Vabadussoja_Ajaloo_Komitee, lk 21
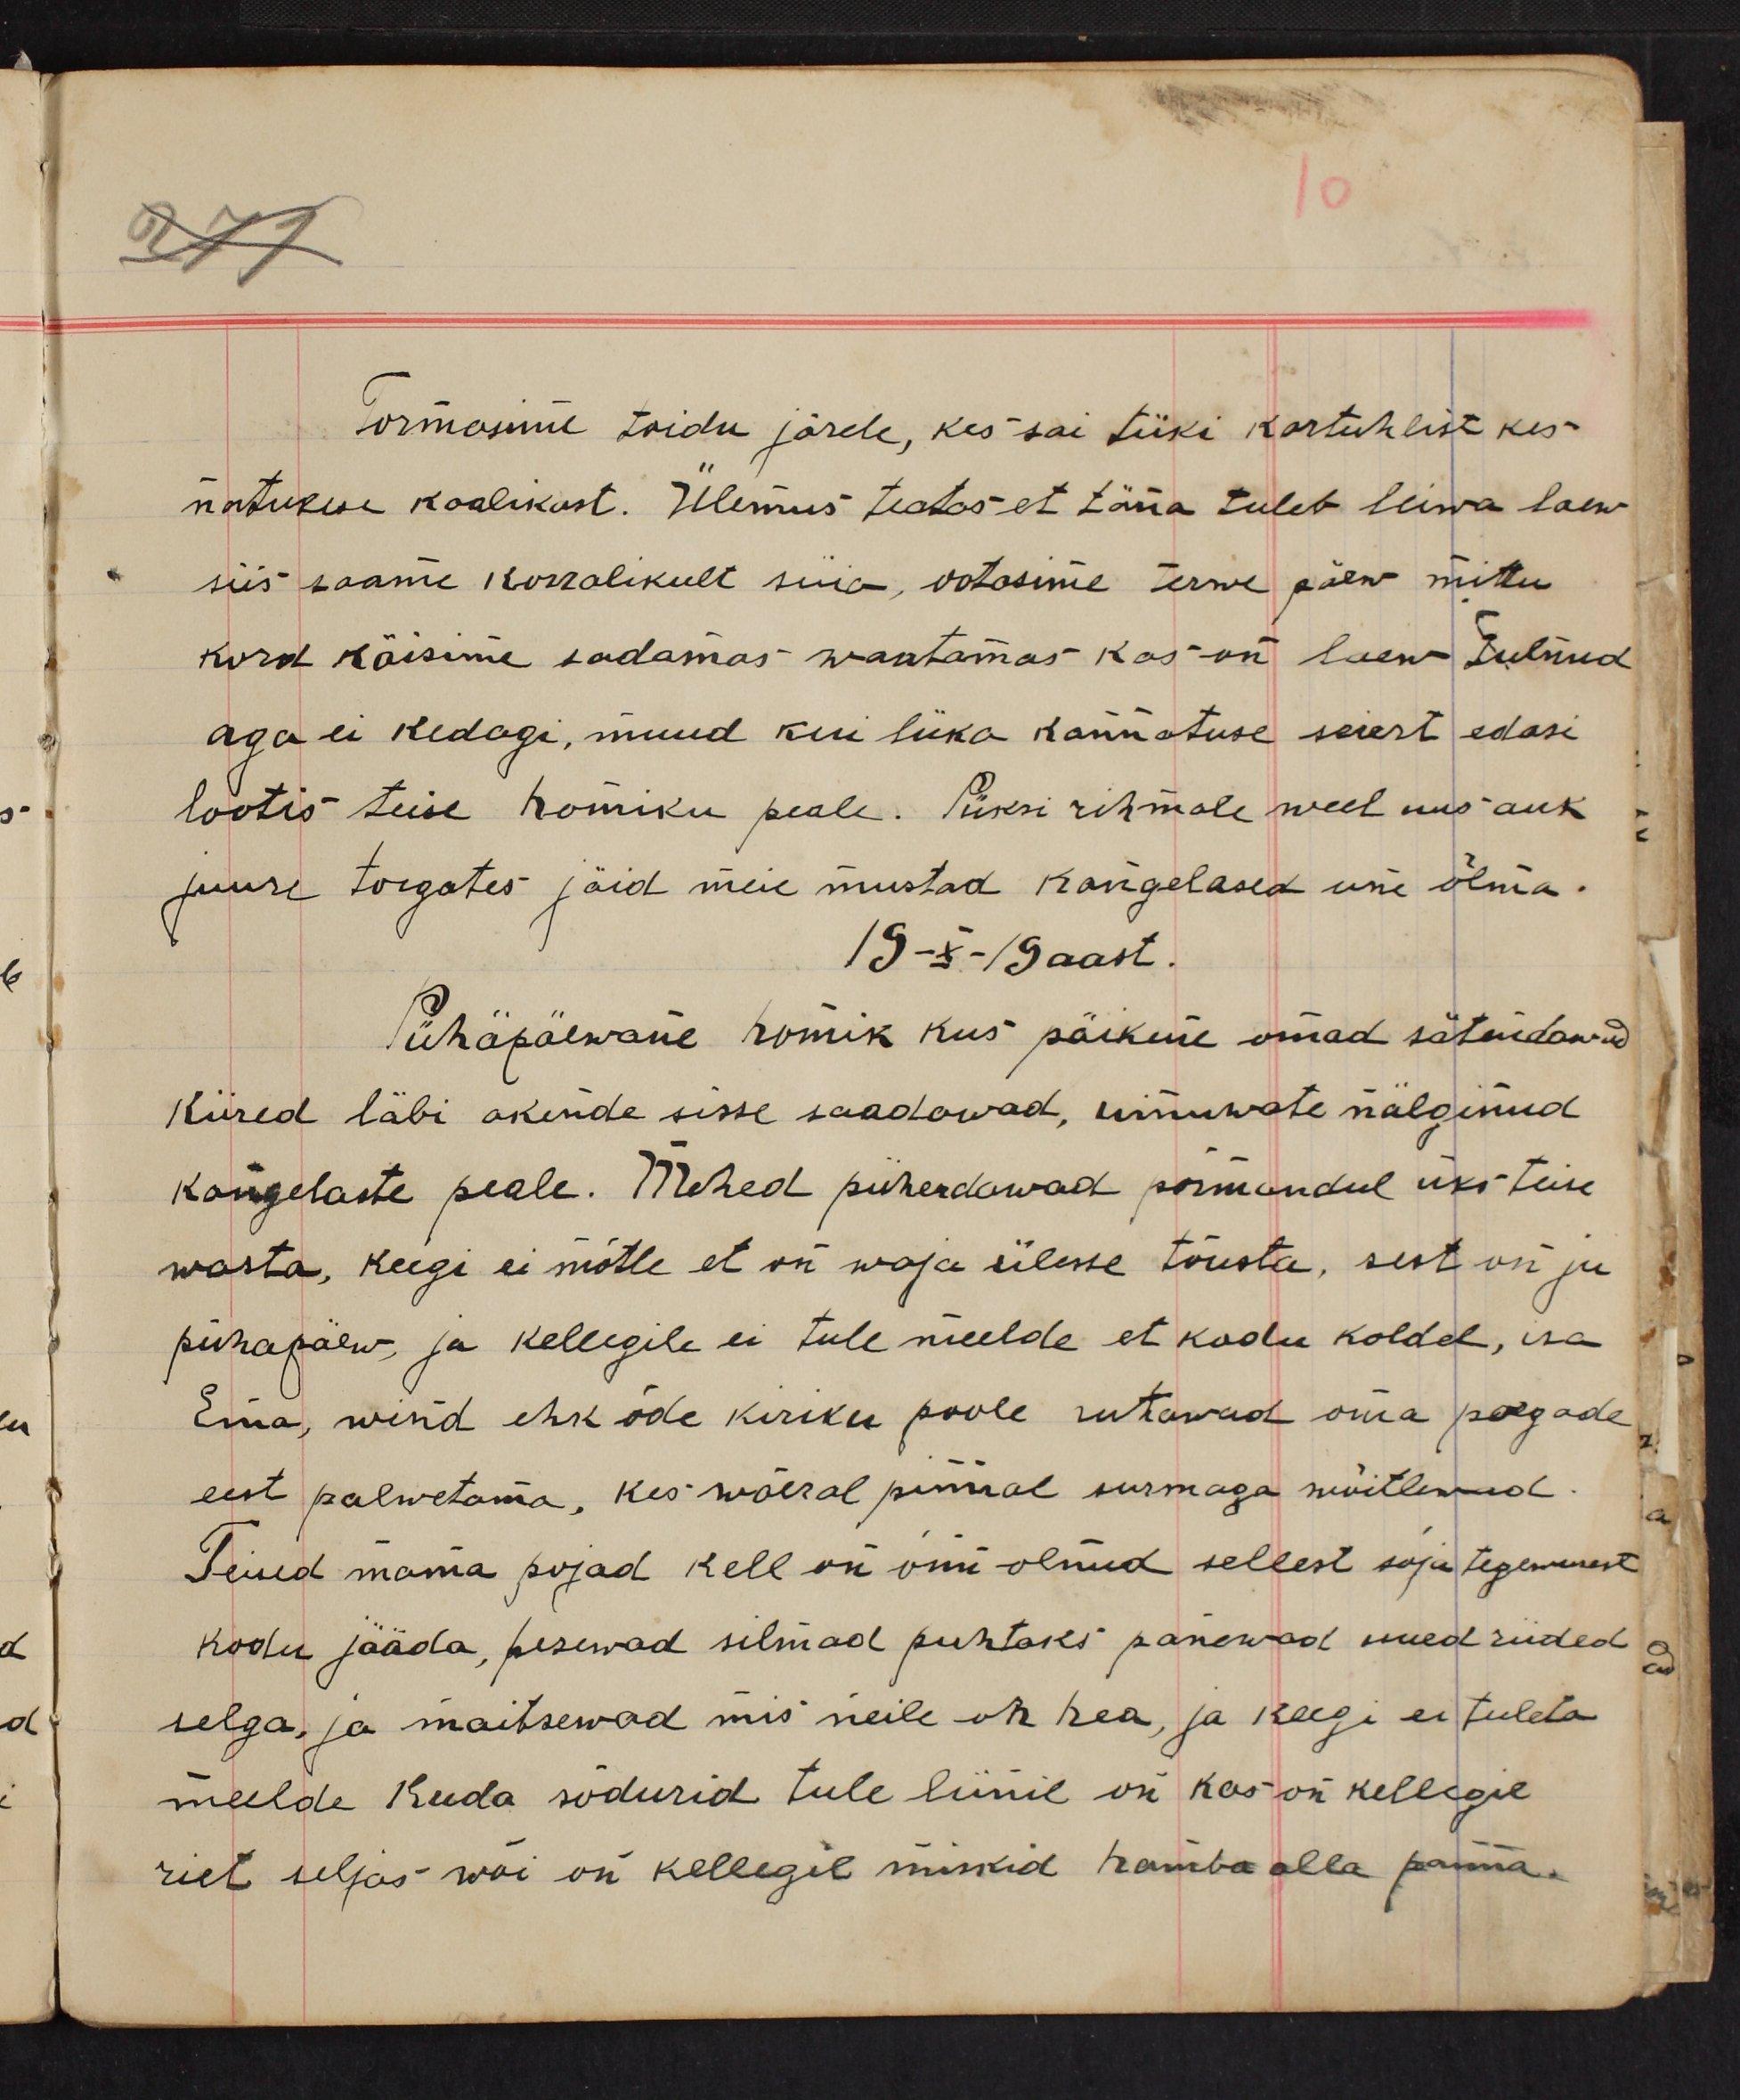
Tormasime toidu järele, kes sai tüki kartuhlist kes
natukene kaalikast. Ülemus teates et täna tuleb leiwa laew
siis saame korralikult süüa, ootasime terwe päew mittu
kord käisime sadamas waatamas kas on laew tulnud
aga ei kedagi, muud kui lüka kannatuse seiert edasi
lootis teise homiku peale. Püksi rihmale weel uus auk
juure torgates jäid meie mustad kangelased une õlma.
19-x-19 aast.
Pühäpäewane homik kus päikese omad sätendawad
kiired läbi akende sisse saadawad, uinuwate nälginud
kangelaste peale. Mehed püherdawad põrandul üks teise
wasta, keegi ei mõtle et on waja ülesse tõusta, sest on ju
pühapäew ja kellegile ei tule meelde et kodu koldel, isa
Ema, wend ehk õde kiriku poole ruttawad oma poegade
eest palwetama, kes wöeral pinnal surmaga wõitlewad.
Teised mama pojad kell on õnne olnud sellest sõja tegemisest
kodu jääda, pesewad silmad puhtaks panewad uued riided
selga, ja maitsewad mis neile on hea, ja keegi ei tuleta
meelde kuda sõdurid tule liinil on kas on kellegil
riet seljas wõi on kellegil miskid hamba alla panna.